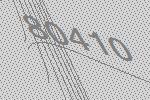
80410